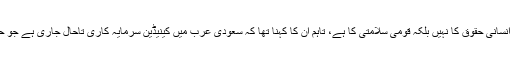
ان کا مزید کہنا تھا کہ یہ معاملہ انسانی حقوق کا نہیں بلکہ قومی سلامتی کا ہے، تاہم ان کا کہنا تھا کہ سعودی عرب میں کینیڈین سرمایہ کاری تاحال جاری ہے جو حالیہ تنازع سے متاثر نہیں ہوگی۔